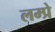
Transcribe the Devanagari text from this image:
लम्प्रे